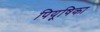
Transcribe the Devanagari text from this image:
पियूषिका